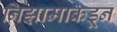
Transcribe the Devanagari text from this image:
निझामाकडून